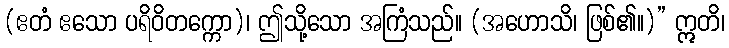
(ဧတံ ဧသော ပရိဝိတက္ကော)၊ ဤသို့သော အကြံသည်။ (အဟောသိ၊ ဖြစ်၏။)” ဣတိ၊